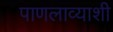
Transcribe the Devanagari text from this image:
पाणलाव्याशी